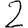
Digit: 2